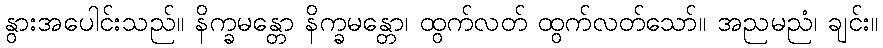
နွားအပေါင်းသည်။ နိက္ခမန္တော နိက္ခမန္တော၊ ထွက်လတ် ထွက်လတ်သော်။ အညမညံ၊ ချင်း။